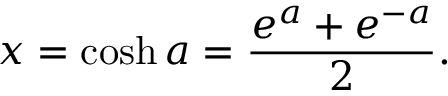
x = \cosh a = { \frac { e ^ { a } + e ^ { - a } } { 2 } } .